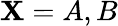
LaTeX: \mathbf{X}=A,B